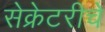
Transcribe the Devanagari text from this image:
सेक्रेटरीचे